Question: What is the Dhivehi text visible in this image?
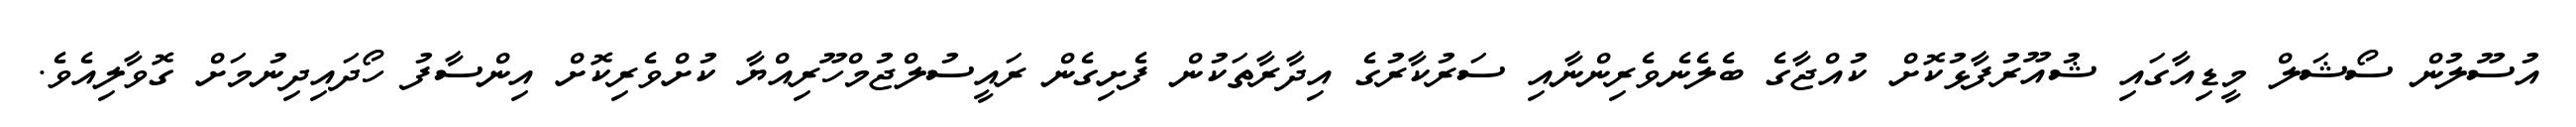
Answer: އުސޫލުން ސޯޝަލް މީޑިއާގައި ޝުއޫރުފާޅުކޮށް ކުއްޖާގެ ބެލެނެވެރިންނާއި ސަރުކާރުގެ އިދާރާތަކުން ފެށިގެން ރައީސުލްޖުމްހޫރިއްޔާ ކުށްވެރިކޮށް އިންސާފު ހޯދައިދިނުމަށް ގޮވާލިއެވެ.